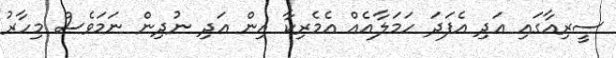
ސީރިއާގައި އަދި އެފަދަ ހަމަލާއެއް އެމެރިކާ އިން އަދި ނުދިން ނަމަވެސް މިހާރު